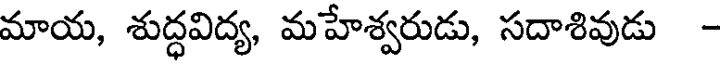
మాయ, శుద్ధవిద్య, మహేశ్వరుడు, సదాశివుడు -